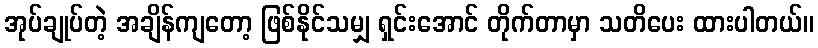
အုပ်ချုပ်တဲ့ အချိန်ကျတော့ ဖြစ်နိုင်သမျှ ရှင်းအောင် တိုက်တာမှာ သတိပေး ထားပါတယ်။